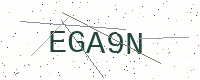
Text: EGA9N